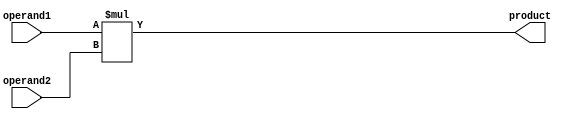
module Signed_Multiplier (
    input signed [31:0] operand1,
    input signed [31:0] operand2,
    output reg signed [63:0] product
);

always @(*) begin
    product = operand1 * operand2;
end

endmodule